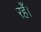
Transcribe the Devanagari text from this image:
रहेँ।